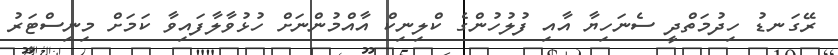
ރޭގަނޑު ހިދުމަތްދީ ސެނަހިޔާ އާއި ފުލުހުންގެ ކްލިނިކް އާއްމުންނަށް ހުޅުވާލާފައިވާ ކަމަށް މިނިސްޓަރު